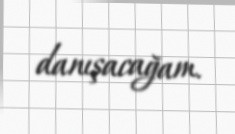
danışacağam.